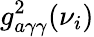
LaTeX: g_{a\gamma\gamma}^{2}(\nu_{i})